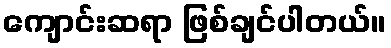
ကျောင်းဆရာ ဖြစ်ချင်ပါတယ်။